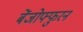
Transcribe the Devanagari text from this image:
बेंजोफ्फुरन